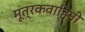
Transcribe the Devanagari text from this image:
मूत्रकवाहिनी